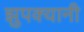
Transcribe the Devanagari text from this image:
झुपक्यानी